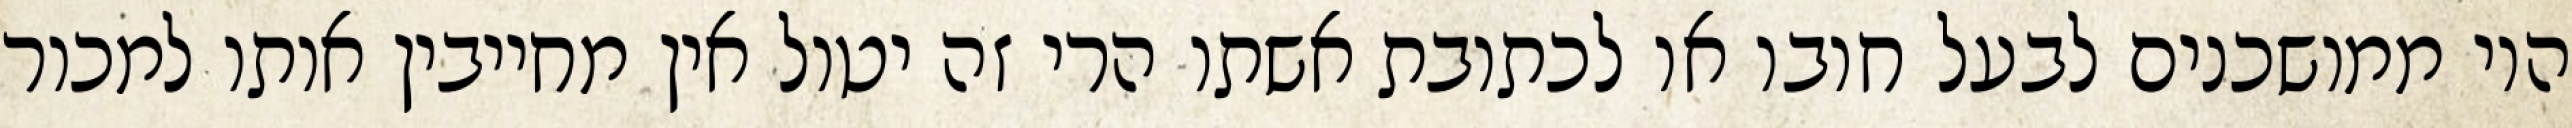
היו ממושכנים לבעל חובו או לכתובת אשתו הרי זה יטול אין מחייבין אותו למכור